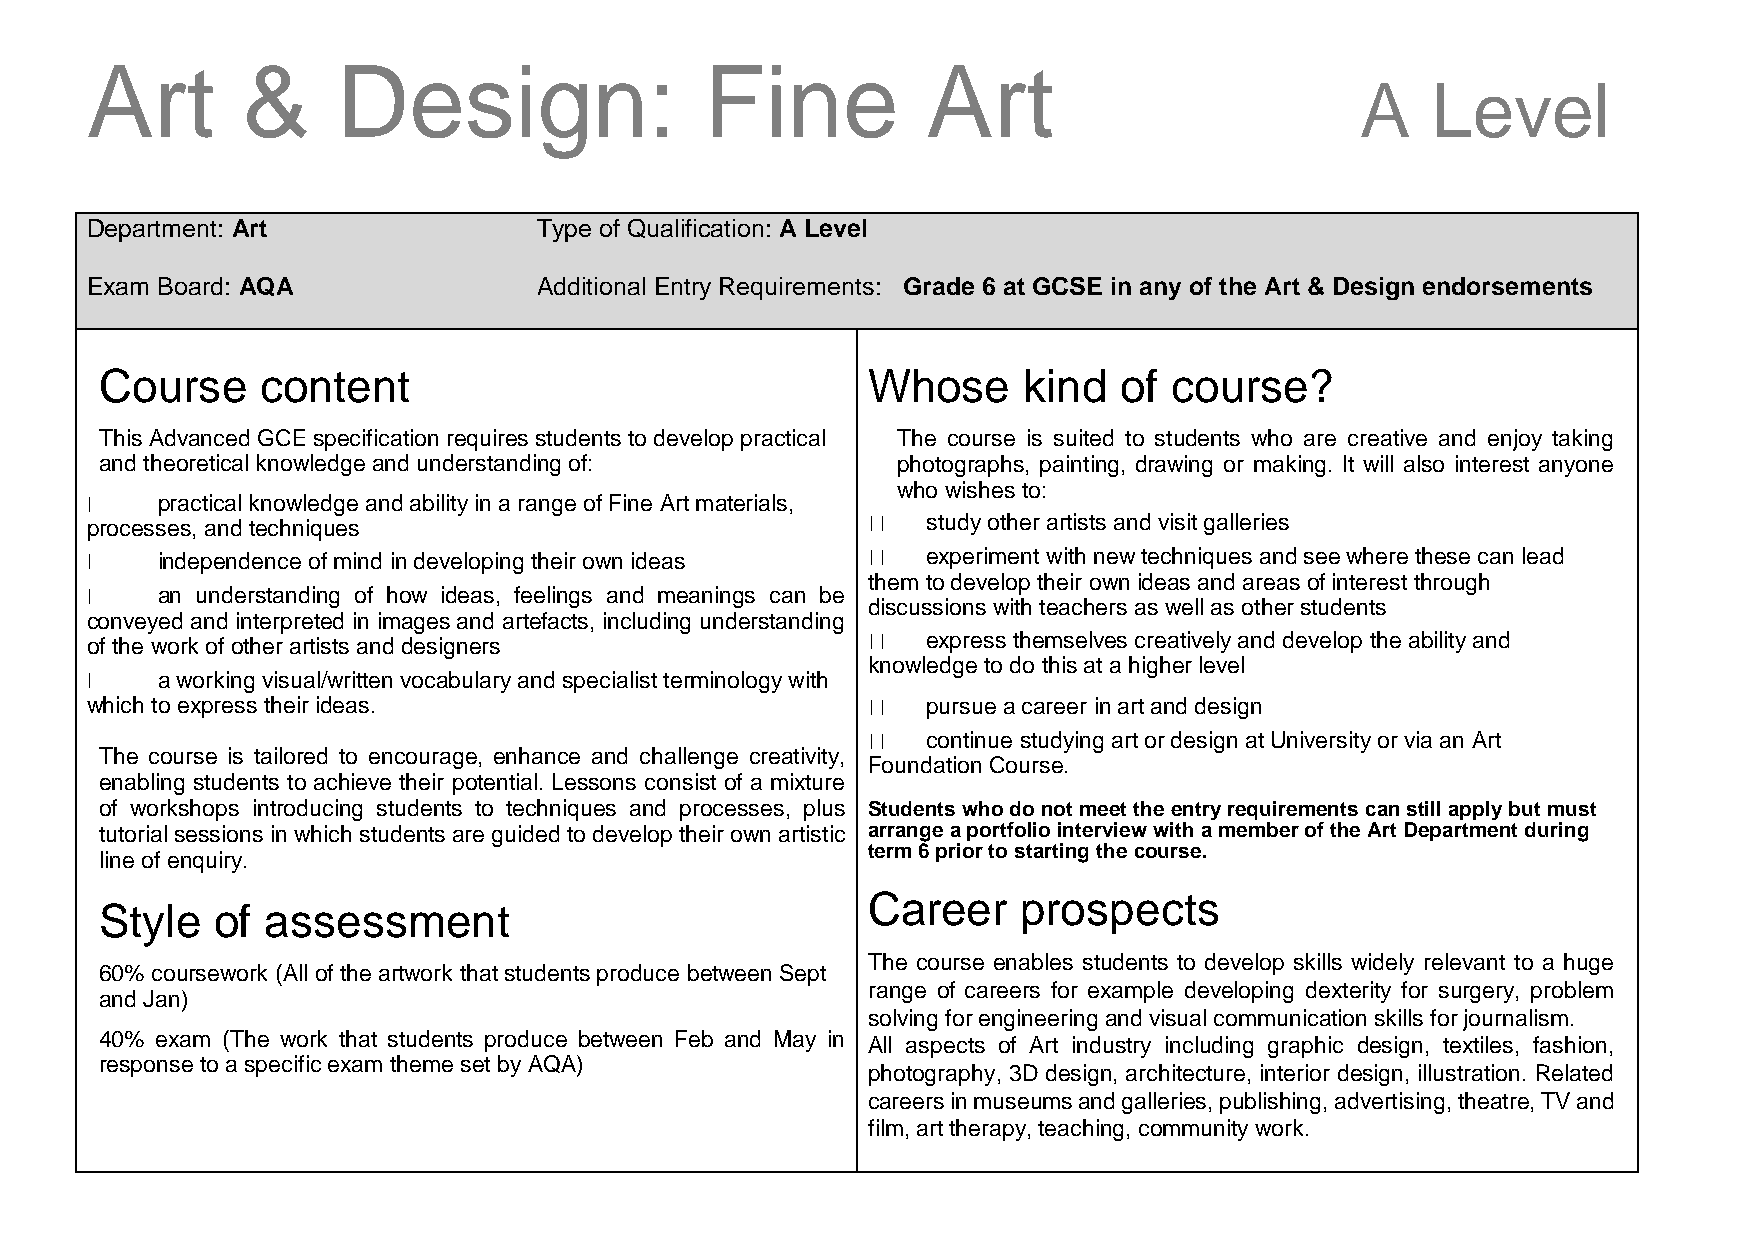
Art       &     Design:                  Fine          Art
 A    Level
 Department: Art               Type of Qualification: A Level
 Exam Board: AQA               Additional Entry Requirements: Grade 6 at GCSE in any of the Art & Design endorsements
 Course    content                                 Whose      kind  of course?
 This Advanced GCE specification requires students to develop practical The course is suited to students who are creative and enjoy taking
 and theoretical knowledge and understanding of:     photographs, painting, drawing or making. It will also interest anyone
 who wishes to:
 practical knowledge and ability in a range of Fine Art materials,
 p rocesses, and techniques                             study other artists and visit galleries
 independence of mind in developing their own ideas experiment with new techniques and see where these can lead
 them to develop their own ideas and areas of interest through
 an understanding of how ideas, feelings and meanings can be
 discussions with teachers as well as other students
 conveyed and interpreted in images and artefacts, including understanding
 of the work of other artists and designers             express themselves creatively and develop the ability and
 knowledge to do this at a higher level
 a working visual/written vocabulary and specialist terminology with
 which to express their ideas.                          pursue a career in art and design
 continue studying art or design at University or via an Art
 The course is tailored to encourage, enhance and challenge creativity,
 Foundation Course.
 enabling students to achieve their potential. Lessons consist of a mixture
 of workshops introducing students to techniques and processes, plus Students who do not meet the entry requirements can still apply but must
 tutorial sessions in which students are guided to develop their own artistic arrange a portfolio interview with a member of the Art Department during
 term 6 prior to starting the course.
 line of enquiry.
 Career     prospects
 Style  of  assessment
 The course enables students to develop skills widely relevant to a huge
 60% coursework (All of the artwork that students produce between Sept
 range of careers for example developing dexterity for surgery, problem
 and Jan)
 solving for engineering and visual communication skills for journalism.
 40% exam (The work that students produce between Feb and May in
 All aspects of Art industry including graphic design, textiles, fashion,
 response to a specific exam theme set by AQA)
 photography, 3D design, architecture, interior design, illustration. Related
 careers in museums and galleries, publishing, advertising, theatre, TV and
 film, art therapy, teaching, community work.